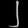
Digit: ၂